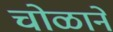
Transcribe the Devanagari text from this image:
चोळाने